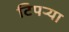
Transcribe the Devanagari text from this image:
टिपर्‍या